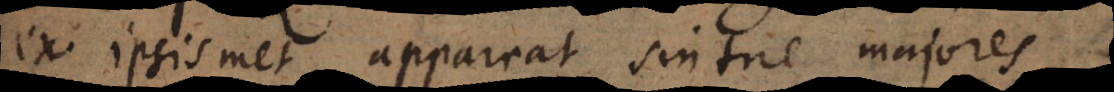
ex ipsismet appareat sintne majores